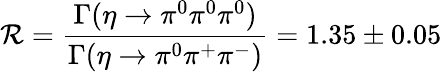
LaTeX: \mathcal{R}=\frac{{\Gamma(\eta\rightarrow\pi^{0}\pi^{0}\pi^{0})}}{{\Gamma(\eta\rightarrow\pi^{0}\pi^{+}\pi^{-})}}=1.35\pm0.05